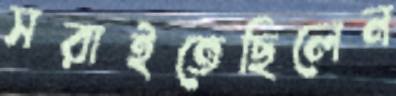
সরাইতেছিলেন